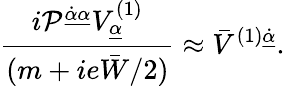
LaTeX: {\displaystyle\frac{i{\cal P}^{\underline{{{\dot{\alpha}\alpha}}}}V_{\underline{{\alpha}}}^{(1)}}{(m+ie\bar{W}/2)}\approx\bar{V}^{(1)\underline{{{\dot{\alpha}}}}}.}